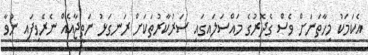
އެކަމަކު މިހާތަނަށް ވެސް ގެދޮރުގެ މައްސަލައިގައި ސަރުކާރުތަކަށް ރަނގަޅު ނަތީޖާއެއް ނެރެވިފައި ނުވާ